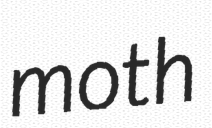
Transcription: moth